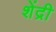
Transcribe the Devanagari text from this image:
शेंद्री